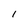
Character: l